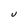
Character: U